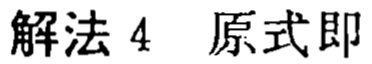
解法 4 原式即